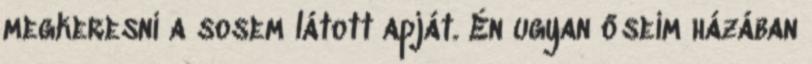
megkeresni a sosem látott apját. Én ugyan őseim házában